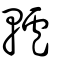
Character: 轤